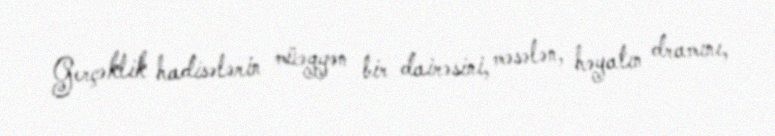
Gerçəklik hadisələrin müəyyən bir dairəsini, məsələn, həyatın dramını,